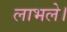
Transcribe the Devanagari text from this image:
लाभले।